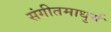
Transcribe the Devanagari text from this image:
संगीतमाधुर्य